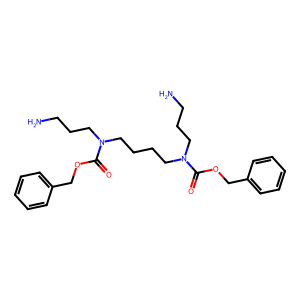
SMILES: NCCCN(CCCCN(CCCN)C(=O)OCc1ccccc1)C(=O)OCc1ccccc1
Inhibits HIV replication: No